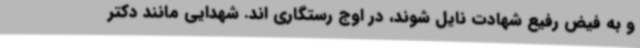
و به فیض رفیع شهادت نایل شوند، در اوج رستگاری اند. شهدایی مانند دکتر